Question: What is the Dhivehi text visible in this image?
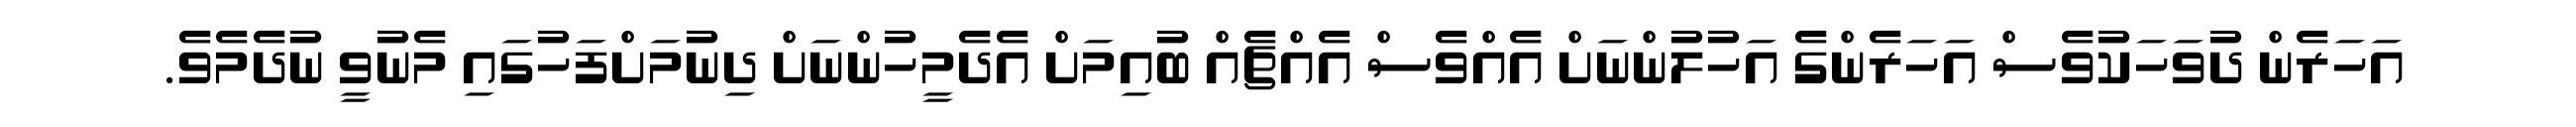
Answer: އަހަރެން ދުވަހަކުވެސް އަހަރެންގެ އަހުލުންނަށް އެއްވެސް އެއްޗެއް ބުއިމަށް އެދެމީހުންނަށް ދިނުމަށްފަހުގައި މެނުވީ ނުދެމެވެ.